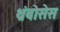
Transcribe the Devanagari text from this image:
थ्रंबोसेस